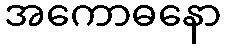
အကောဓနော